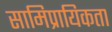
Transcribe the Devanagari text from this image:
सामिप्रायिकता